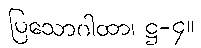
ပြသောဂါထာ၊ ဋ္ဌ-၄။